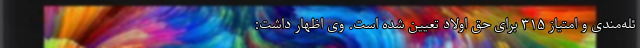
ئله‌مندی و امتیاز ۳۱۵ برای حق اولاد تعیین شده است. وی اظهار داشت: